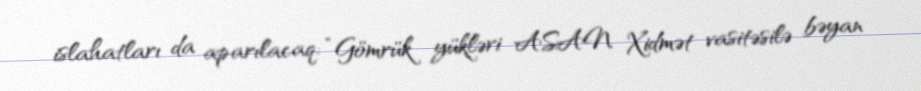
islahatları da aparılacaq: “Gömrük yükləri ASAN Xidmət vasitəsilə bəyan